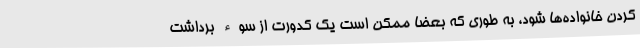
کردن خانواده‌ها شود، به طوری که بعضا ممکن است یک کدورت از سوء برداشت